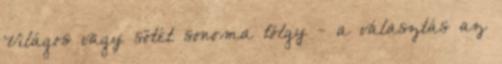
Világos vagy sötét sonoma tölgy - a választás az